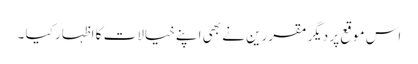
اس موقع پر دیگر مقررین نے بھی اپنے خیالات کا اظہار کیا ۔